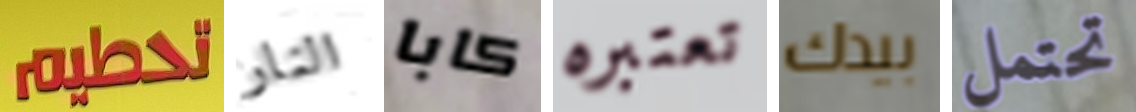
تحطيم النار كابا تعتبره بيدك تحتمل